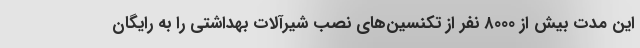
این مدت بیش از ۸۰۰۰ نفر از تکنسین‌های نصب شیرآلات بهداشتی را به رایگان